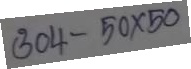
304 - 50 x 50